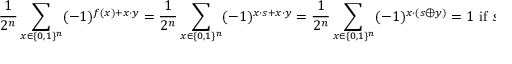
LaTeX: { \frac { 1 } { 2 ^ { n } } } \sum _ { x \in \{ 0 , 1 \} ^ { n } } ( - 1 ) ^ { f ( x ) + x \cdot y } = { \frac { 1 } { 2 ^ { n } } } \sum _ { x \in \{ 0 , 1 \} ^ { n } } ( - 1 ) ^ { x \cdot s + x \cdot y } = { \frac { 1 } { 2 ^ { n } } } \sum _ { x \in \{ 0 , 1 \} ^ { n } } ( - 1 ) ^ { x \cdot ( s \oplus y ) } = 1 { \mathrm { ~ i f ~ } } s \oplus y = { \vec { 0 } } , \, 0 { \mathrm { ~ o t h e r w i s e } } .